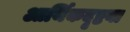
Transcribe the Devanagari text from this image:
आर्थिकदृष्टया